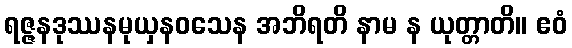
ရဇ္ဇနဒုဿနမုယှနဝသေန အဘိရတိ နာမ န ယုတ္တာတိ။ ဧဝံ